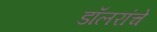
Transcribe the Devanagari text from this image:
डॉलरांचे